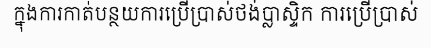
ក្នុងការកាត់បន្ថយការប្រើប្រាស់ថង់ប្លាស្ទិក ការប្រើប្រាស់